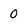
Character: 0